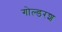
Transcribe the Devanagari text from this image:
गोल्डरश